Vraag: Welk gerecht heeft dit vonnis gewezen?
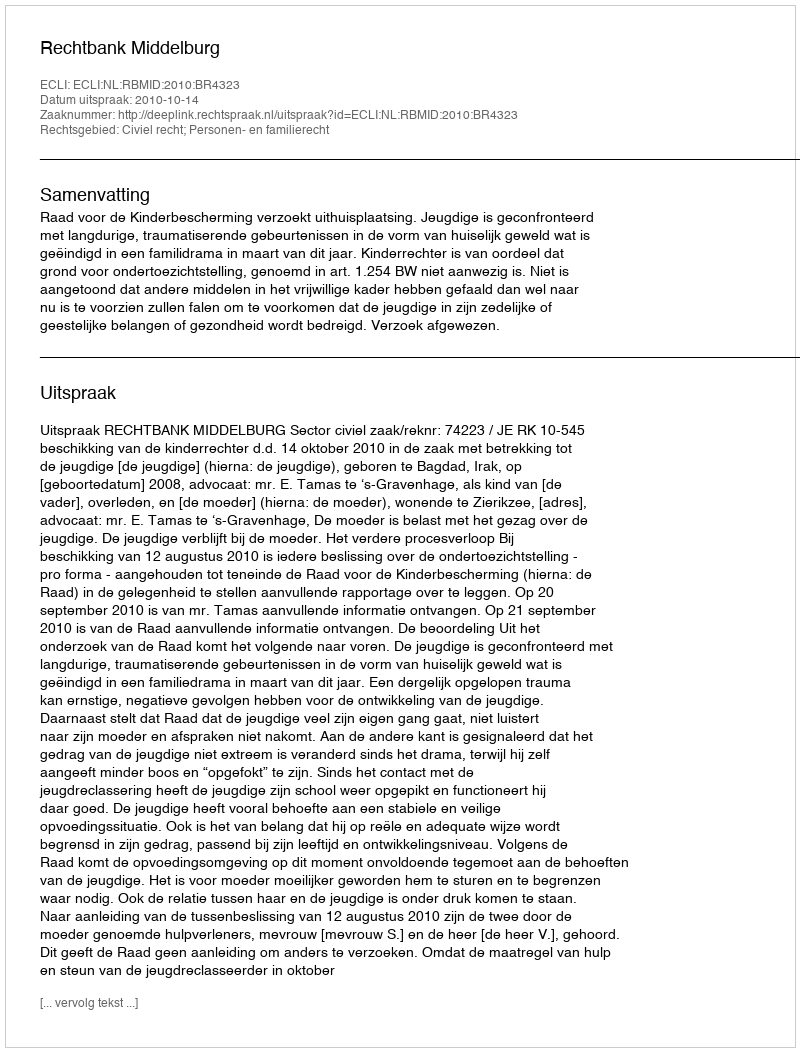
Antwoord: Rechtbank Middelburg